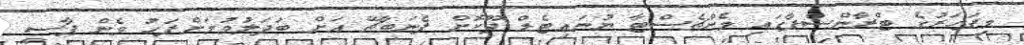
މިފަހަރުގެ ޓްރާންސްފާގައި މެންޗެސްޓާ ޔުނައިޓެޑް ދޫކޮށް ފެނަބާޗޭ އަށް ބަދަލުވުމަށްފަހު ވެން ޕާސީ